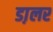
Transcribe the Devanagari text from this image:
डा़लर